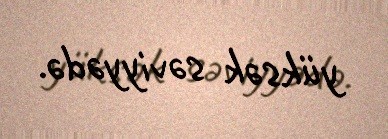
yüksək səviyyədə.